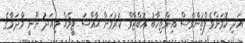
އަދި ކޮމަންވެލްތުންވެސް އިންތިހާބު އޮބްޒާވް ކުރުމަށް ޙާއްސަ ޓީމެއް މިއަދު ނޫނީ މާދަމާގެ